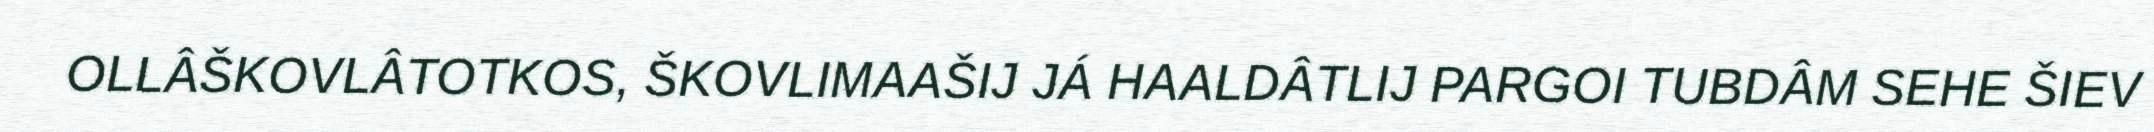
OLLÂŠKOVLÂTOTKOS, ŠKOVLIMAAŠIJ JÁ HAALDÂTLIJ PARGOI TUBDÂM SEHE ŠIEV